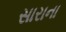
સારાના